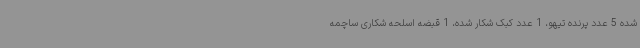
شده 5 عدد پرنده تیهو، 1 عدد کبک شکار شده، 1 قبضه اسلحه شکاری ساچمه